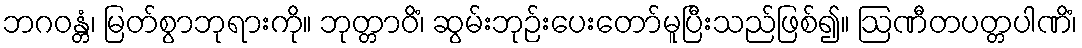
ဘဂဝန္တံ၊ မြတ်စွာဘုရားကို။ ဘုတ္တာဝိံ၊ ဆွမ်းဘုဉ်းပေးတော်မူပြီးသည်ဖြစ်၍။ ဩဏီတပတ္တပါဏိံ၊